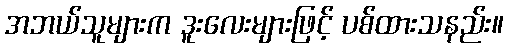
အဘယ်သူများက ဒူးလေးများဖြင့် ပစ်ထားသနည်း။